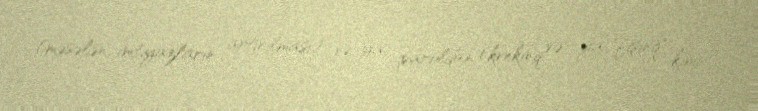
(məsələn, imtiyazların artırılması) və ya paroldan (krekinq və ya "fişinq" kimi